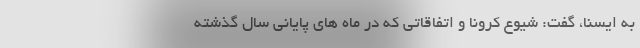
به ایسنا، گفت: شیوع کرونا و اتفاقاتی که در ماه های پایانی سال گذشته